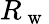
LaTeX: R_{\mathrm{~w~}}